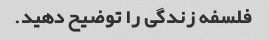
فلسفه زندگی را توضیح دهید.